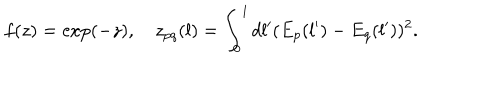
LaTeX: f ( z ) = \exp ( - z ) , \quad z _ { p q } ( l ) = \int _ { 0 } ^ { l } d l ^ { \prime } ( E _ { p } ( l ^ { \prime } ) - E _ { q } ( l ^ { \prime } ) ) ^ { 2 } .